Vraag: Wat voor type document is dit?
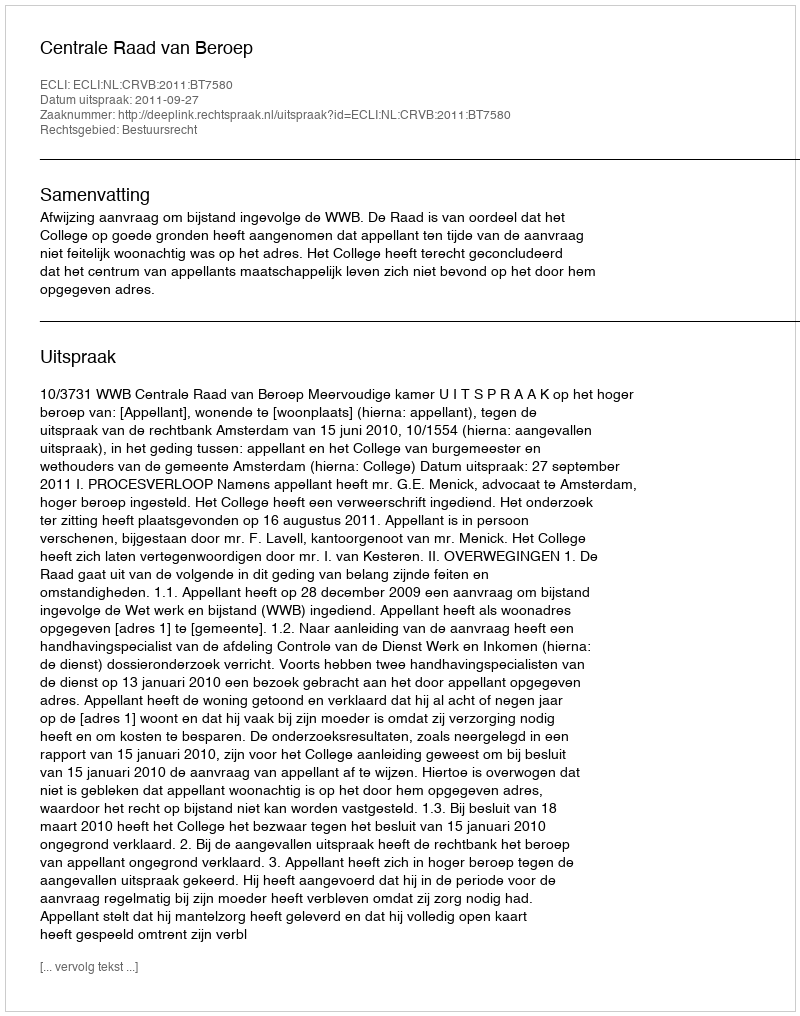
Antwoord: Uitspraak